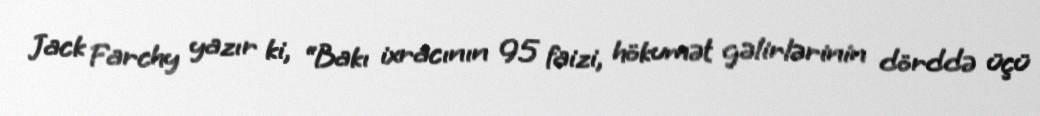
Jack Farchy yazır ki, “Bakı ixracının 95 faizi, hökumət gəlirlərinin dörddə üçü